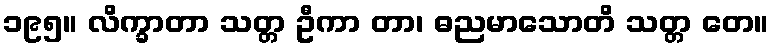
၁၉၅။ လိက္ခာတာ သတ္တ ဦကာ တာ၊ ဓညမာသောတိ သတ္တ တေ။